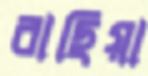
বাছিয়া